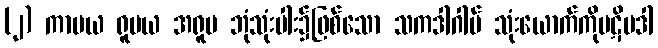
(၂) ကာမယ ရူပယ အရူပ ဘုံသုံးပါး၌ဖြစ်သော သကဒါဂါမ် သုံးယောက်ကိုပဋိပဒါ